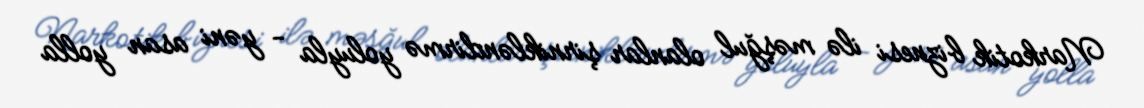
Narkotik biznesi ilə məşğul olanlar şirnikləndirmə yoluyla - yəni asan yolla